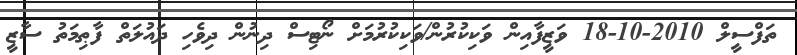
ތަފްސީލް 2010-10-18 ވަޒީފާއިން ވަކިކުރުން/ވަކިކުރުމަށް ނޯޓިސް ދިނުން ދިވެހި ދައުލަތް ފާޠިމަތު ސާޒީ